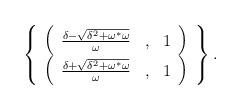
LaTeX: \begin{align*}\left\{\begin{array}{c}\left(\begin{array}{clc}\frac{\delta - \sqrt{\delta^2 + \omega^{\ast}\omega}}{\omega}&,&1\end{array}\right)\\\left(\begin{array}{clc}\frac{\delta + \sqrt{\delta^2 +\omega^{\ast}\omega}}{\omega}&,&1\end{array}\right)\\\end{array}\right\}.\end{align*}